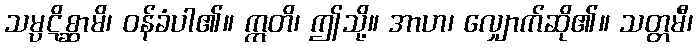
သမ္ပဋိစ္ဆာမိ၊ ဝန်ခံပါ၏။ ဣတိ၊ ဤသို့။ အာဟ၊ လျှောက်ဆို၏။ သတ္တမီ၊